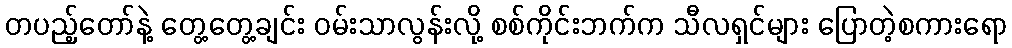
တပည့်တော်နဲ့ တွေ့တွေ့ချင်း ဝမ်းသာလွန်းလို့ စစ်ကိုင်းဘက်က သီလရှင်များ ပြောတဲ့စကားရော